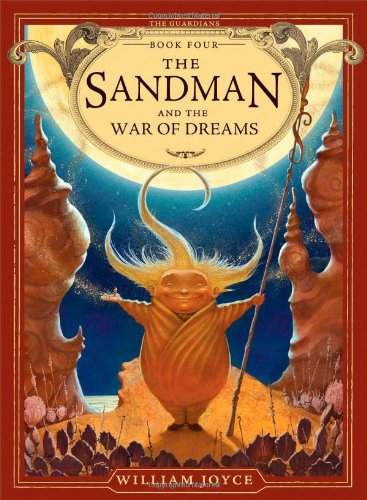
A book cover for The Sandman and the War of Dreams (The Guardians); William Joyce; Children's Books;